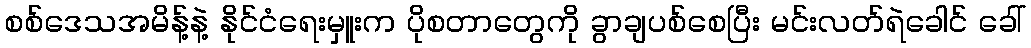
စစ်ဒေသအမိန့်နဲ့ နိုင်ငံရေးမှူးက ပိုစတာတွေကို ခွာချပစ်စေပြီး မင်းလတ်ရဲခေါင် ခေါ်